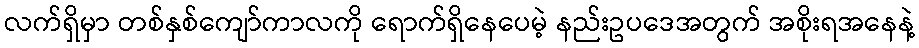
လက်ရှိမှာ တစ်နှစ်ကျော်ကာလကို ရောက်ရှိနေပေမဲ့ နည်းဥပဒေအတွက် အစိုးရအနေနဲ့